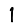
Digit: 1